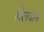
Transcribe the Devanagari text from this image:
बिलवाने